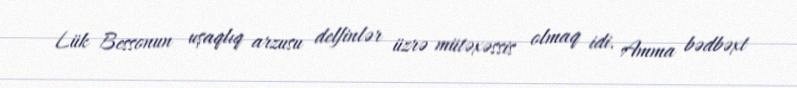
Lük Bessonun uşaqlıq arzusu delfinlər üzrə mütəxəssis olmaq idi. Amma bədbəxt